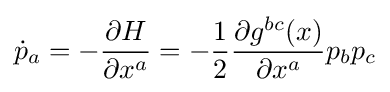
{\dot {p}}_{a}=-{\frac {\partial H}{\partial x^{a}}}=-{\frac {1}{2}}{\frac {\partial g^{bc}(x)}{\partial x^{a}}}p_{b}p_{c}